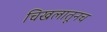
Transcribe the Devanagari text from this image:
चिखलातूनच